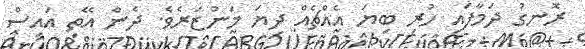
ރޮނގު ދަމާފައި ހުރި ބިޔަ އެއްޗެއް ދިޔަ މަންޒަރެވެ. ދެން އޭތި އައިސް